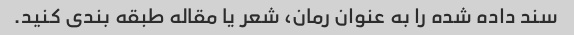
سند داده شده را به عنوان رمان، شعر یا مقاله طبقه بندی کنید.